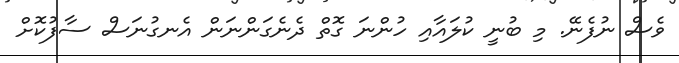
ވެސް ނުފެނޭ. މި ބުނީ ކުލައާއި ހުންނަ ގޮތް ދެނެގަންނަން އެނގުނަސް ސާފުކޮށް